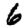
Digit: 6